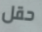
حقل